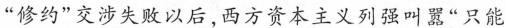
”修约”交涉失败以后，西方资本主义列强叫嚣”只能